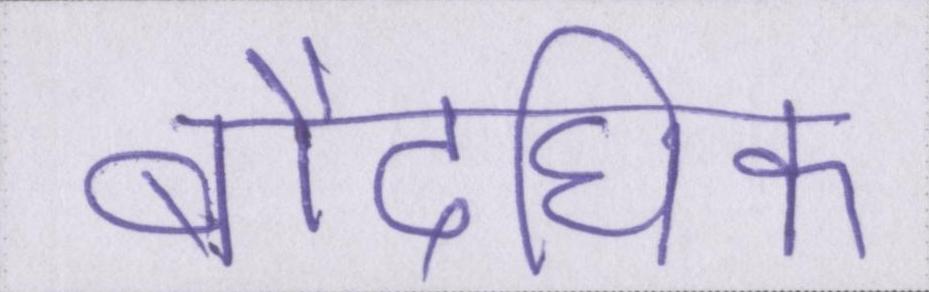
बौद्घिक